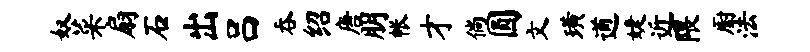
奴菜扇石出吕吞绍唐朋帐才倘圆文璜遒婕近隈厨法